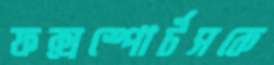
ফক্সস্পোর্টসকে